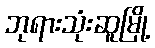
ဘုရားသုံးဆူမြို့